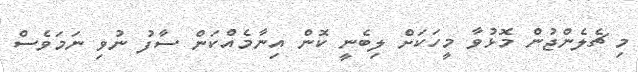
މި ޗެލެންޖުން މޮޅުވާ މީހަކަށް ލިބެނީ ކޮން އިނާމެއްކަން ސާފު ނުވި ނަމަވެސް